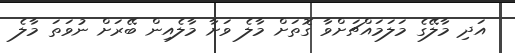
އަދި މާލޭގެ މަލަމައްޗަށްވާ ގޮތަށް މާލެ ވަށާ މާލެއިން ބޭރަށް ނުވަތަ މާލެ